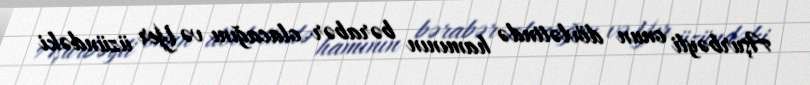
Aşurbəyli onun dövlətində hamının bərabər olacağını və Yer üzündəki